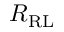
R _ { \mathrm { R L } }